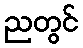
ညတွင်